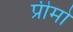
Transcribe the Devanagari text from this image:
प्रीमो